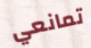
تمانعي